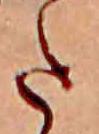
た